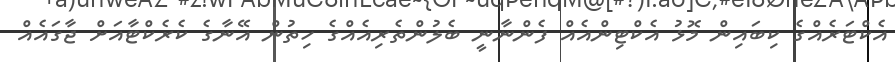
އެކްޓަރެއްގެ ކިބައިން މޮޅު އެކްޓިންއެއް ފެންނާނީ ބެލުންތެރިއެއްގެ ހިތުން އޭނާގެ ކެރެކްޓާއަށް ޖާގައެއް